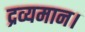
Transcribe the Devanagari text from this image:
द्रव्यमान।